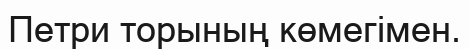
Петри торының көмегімен.